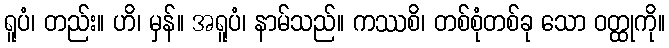
ရူပံ၊ တည်း။ ဟိ၊ မှန်။ အရူပံ၊ နာမ်သည်။ ကဿစိ၊ တစ်စုံတစ်ခု သော ဝတ္ထုကို။